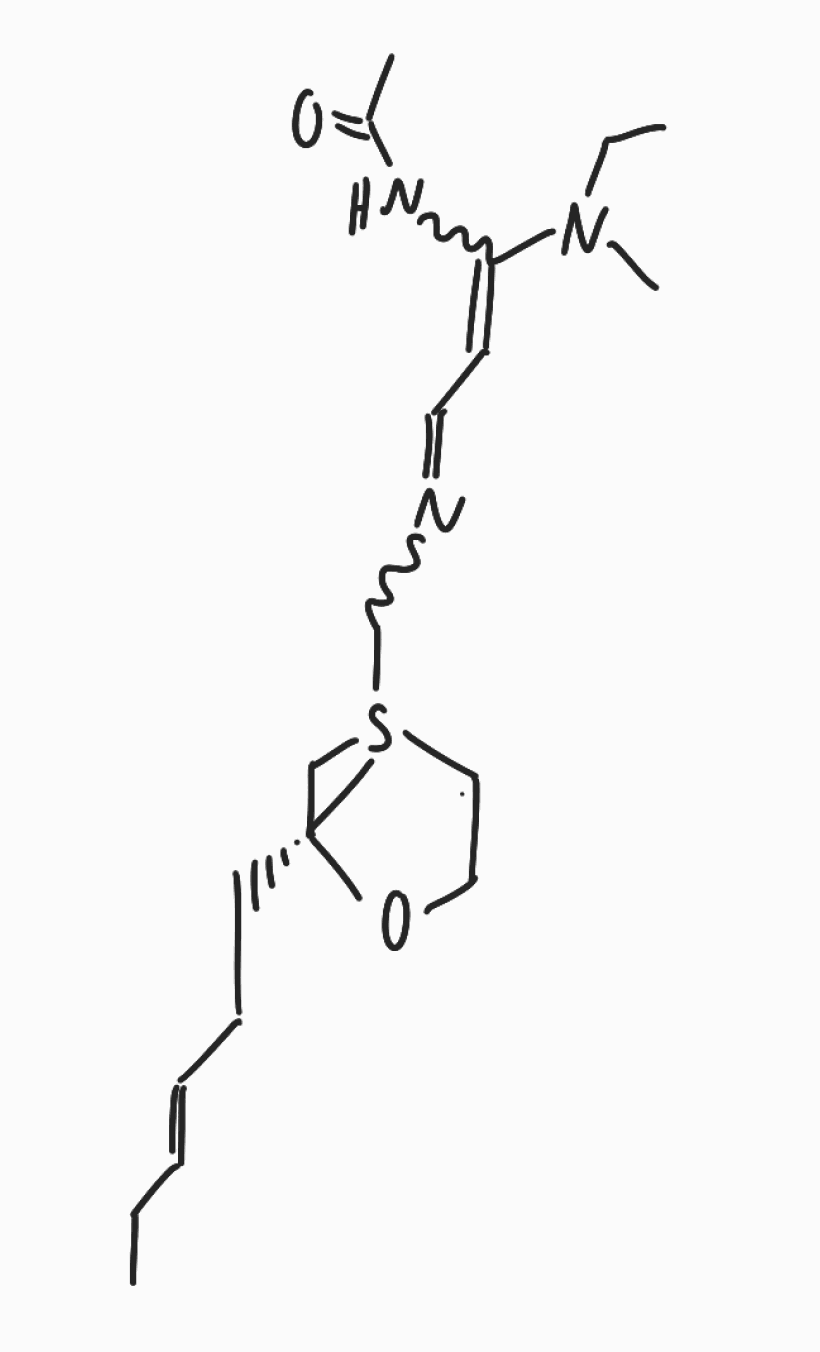
Simplified molecular-input line-entry system (SMILES) notation of the given molecule:
CC/C=C/CC[C@]12CS1(CCO2)CN=CC=C(NC(=O)C)N(C)CC